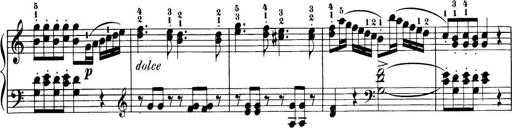
Title: 32 Sonatinas and Rondos for the Piano
Composer: Richard Kleinmichel